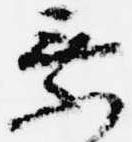
乗